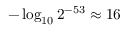
- \log _ { 1 0 } 2 ^ { - 5 3 } \approx 1 6